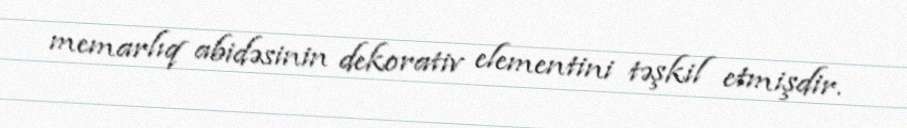
memarlıq abidəsinin dekorativ elementini təşkil etmişdir.